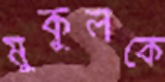
মুকুলকে